Annual returns of the Patna Lunatic Asylum at Bankipore in Bihar and Orissa - 1912-1924
Year: 1912
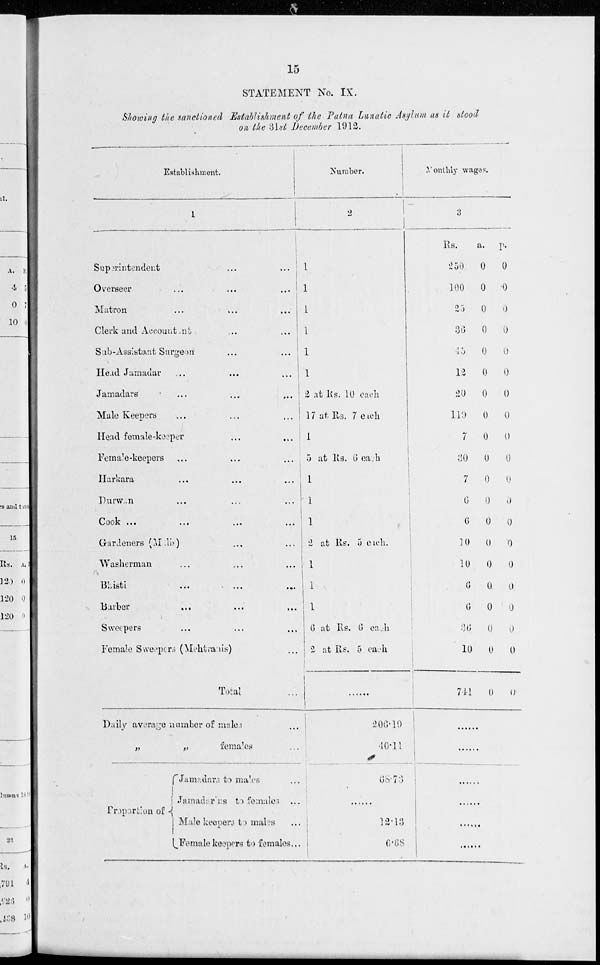
15
STATEMENT No. IX.
Showing the sanctioned Establishment of the Patna Lunatic Asylum as it stood
on the 31st December 1912.
Establishment.
1
Superintendent ... ...
Overseer ... ...
Matron ... ...
Clerk and Accountant ... ...
Sub-Assistant Surgeon ... ...
Head Jamadar ... ... ...
Jamadars
...
...
...
Male Keepers ... ... ...
Head female-keeper ... ... ...
Female-keepers ... ... ...
Harkara ... ... ...
Durwan ... ... ...
Cook
...
...
...
Gardeners (Malis) ... ... ...
Washerman ... ... ...
Bhisti
...
...
...
Barber
...
...
...
Sweepers ... ... ...
Female Sweepers (Mehtranis) ...
Total ...
Daily average number of males ...
„
„
females ...
Proportion of
Jamadars to males ...
Jamadarins to females ...
Male keepers to males ...
Female keepers to females...
Number.
2
1
1
1
1
1
1
2 at Rs. 10 each
17 at Rs. 7 each
1
5 at Rs. 6 each
1
1
1
2 at Rs.
each.
1
1
1
6 at Rs. 6 each
2 at Rs. 5 each
......
206.19
40.11
68.73
......
12.13
6.68
Monthly wages.
3
Rs.
250
100
25
36
45
12
20
119
7
30
7
6
6
10
10
6
6
36
10
741
a.
0
0
0
0
0
0
0
0
0
0
0
0
0
0
0
0
0
0
0
0
p.
0
0
0
0
0
0
0
0
0
0
0
0
0
0
0
0
0
0
0
0
......
......
......
......
......
......